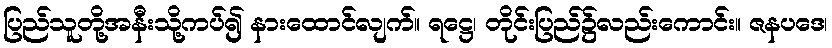
ပြည်သူတို့အနီးသို့ကပ်၍ နားထောင်လျက်။ ရဋ္ဌေ၊ တိုင်းပြည်၌လည်းကောင်း။ ဇနပဒေ၊